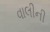
વાલીની